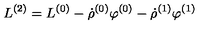
L ^ { ( 2 ) } = L ^ { ( 0 ) } - \dot { \rho } ^ { ( 0 ) } \varphi ^ { ( 0 ) } - \dot { \rho } ^ { ( 1 ) } \varphi ^ { ( 1 ) }